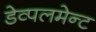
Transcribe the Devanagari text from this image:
डेव्पलमेन्ट